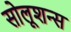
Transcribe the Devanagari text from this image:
सोलूशन्स